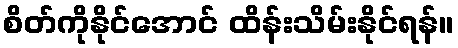
စိတ်ကိုနိုင်အောင် ထိန်းသိမ်းနိုင်ရန်။